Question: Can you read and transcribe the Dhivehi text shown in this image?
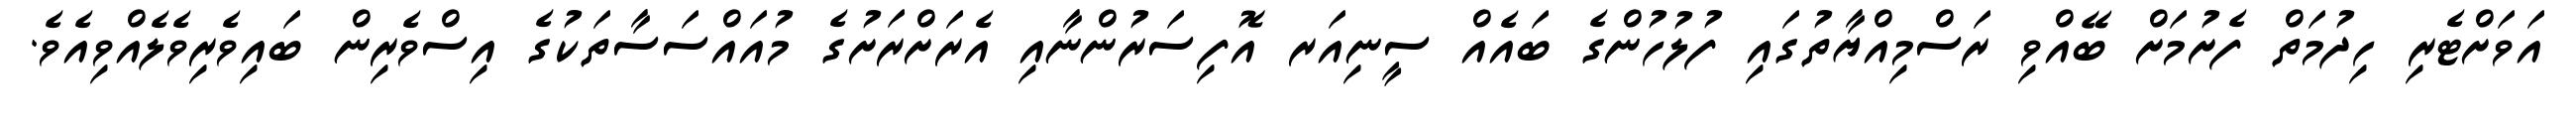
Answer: އަވަށްޓެރި ހިދުމަތް ފެށުމަށް ބޭއްވި ރަސްމިއްޔާތުގައި ފުލުހުންގެ ބައެއް ސީނިއަރ އޮފިސަރުންނާއި އެރަށްރަށުގެ މުއައްސަސާތަކުގެ އިސްވެރިން ބައިވެރިވެލެއްވިއެވެ.